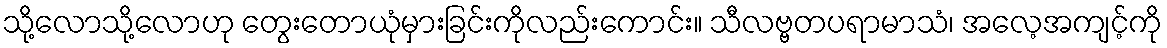
သို့လောသို့လောဟု တွေးတောယုံမှားခြင်းကိုလည်းကောင်း။ သီလဗ္ဗတပရာမာသံ၊ အလေ့အကျင့်ကို